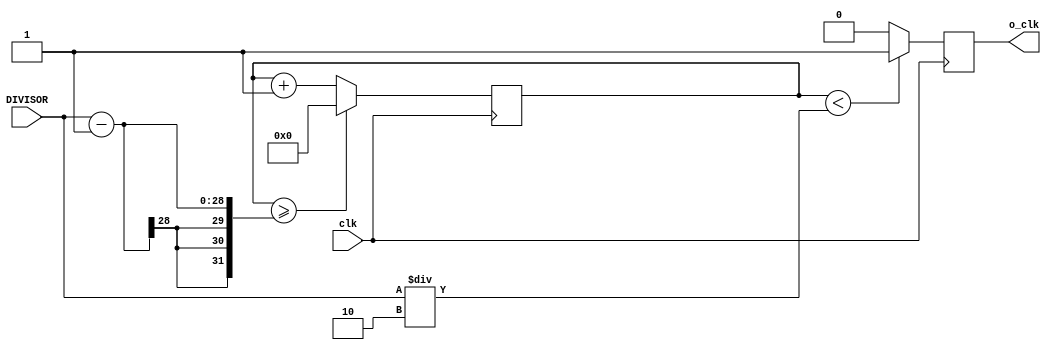
`timescale 1ns / 1ps
//////////////////////////////////////////////////////////////////////////////////
// Company: 
// Engineer: 
// 
// Design Name: 
// Module Name: PWM_Generator
// Project Name: 
// Target Devices: 
// Tool Versions: 
// Description: 
// 
// Dependencies: 
// 
// Revision:
// Revision 0.01 - File Created
// Additional Comments:
// 
//////////////////////////////////////////////////////////////////////////////////

module Div_n_Frequency_Plus(
    input  clk,
    input [27:0]DIVISOR,
    output reg  o_clk
    );
    reg[27:0] counter=28'd0;
    //parameter DIVISOR = 28'd2;//50MHz
    always @(posedge clk) begin
    counter <= counter + 28'd1;
     if(counter>=(DIVISOR-1))
        counter <= 28'd0;
    o_clk <= (counter<DIVISOR/2)?1'b1:1'b0;
    end
    
endmodule

module PWM_Generator(
    input clk , 
    input [6:0]PWM__Duty_Cycle , // 0 to 100 level; 
    output reg PWM_o_clk 
    );
    
    reg [6:0]PWM__Duty_Cycle_in ;  
    //reg [27:0]D_Frequency = 28'd200000 ; // 500Hz // 10**8 / ( f * 100 )
    reg [27:0]D_Frequency_x100 = 28'd2000 ; // 50000MHz 
    reg [6:0] Count ; 
    wire o_clk_tran ; 
    
    initial begin 
        Count <= 7'd0 ; 
    end
    
    always @(PWM__Duty_Cycle)begin 
        PWM__Duty_Cycle_in  <= PWM__Duty_Cycle ; // train 
        if (PWM__Duty_Cycle > 100) 
            PWM__Duty_Cycle_in <= 7'd100;
    end

    Div_n_Frequency_Plus DivTo_50000(
    .clk(clk),
    .DIVISOR(D_Frequency_x100) , 
    .o_clk(o_clk_tran)
    );
    
    always @(posedge o_clk_tran) begin
        if(Count < 100)
            Count <= Count + 28'd1;
        else 
            Count <= 28'd0;
        PWM_o_clk <= (Count < PWM__Duty_Cycle_in)?1'b1:1'b0;
    end
endmodule